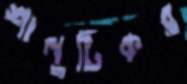
শালুটিকর